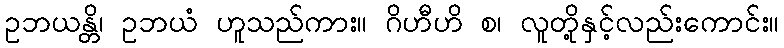
ဥဘယန္တိ၊ ဥဘယံ ဟူသည်ကား။ ဂိဟီဟိ စ၊ လူတို့နှင့်လည်းကောင်း။